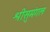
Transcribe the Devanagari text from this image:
श्रीसुमंगल